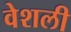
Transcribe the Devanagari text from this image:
वेशली